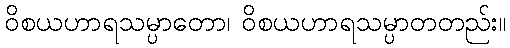
ဝိစယဟာရသမ္ပာတော၊ ဝိစယဟာရသမ္ပာတတည်း။